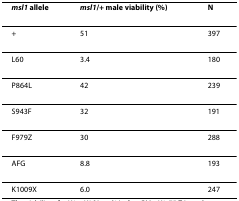
| msl1 allele | msl1/+ male viability (%) | N |
 | --- | --- | --- |
 | + | 51 | 397 |
 | L60 | 3.4 | 180 |
 | P864L | 42 | 239 |
 | S943F | 32 | 191 |
 | F979Z | 30 | 288 |
 | AFG | 8.8 | 193 |
 | K1009X | 6.0 | 247 |